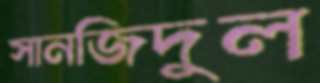
সানজিদুল